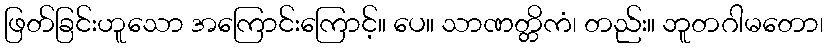
ဖြတ်ခြင်းဟူသော အကြောင်းကြောင့်။ ပေ။ သာဏတ္တိကံ၊ တည်း။ ဘူတဂါမတော၊